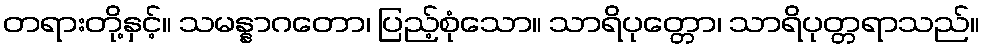
တရားတို့နှင့်။ သမန္နာဂတော၊ ပြည့်စုံသော။ သာရိပုတ္တော၊ သာရိပုတ္တရာသည်။